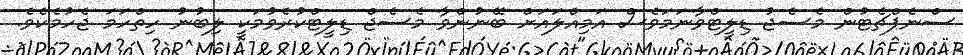
ސްނެޕްޗެޓުން މެސެޖު ޑިލީޓްވާނަމަވެސް އަމިއްލައަށް ބޭނުންވާ މެސެޖް ޑިލީޓްކުރެވުމަކީ ލިބުނު ހިތްހަމަ ޖެހުމެކެވެ.